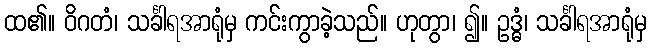
ထ၏။ ဝိဂတံ၊ သင်္ခါရအာရုံမှ ကင်းကွာခဲ့သည်။ ဟုတွာ၊ ၍။ ဥဒ္ဓံ၊ သင်္ခါရအာရုံမှ